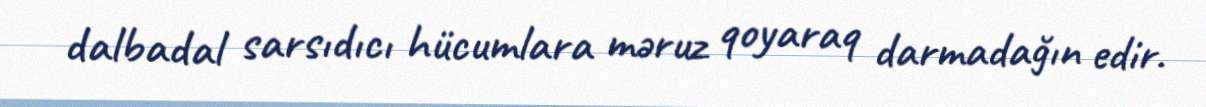
dalbadal sarsıdıcı hücumlara məruz qoyaraq darmadağın edir.